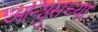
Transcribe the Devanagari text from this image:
आन्श्लुसच्या